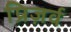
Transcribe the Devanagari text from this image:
प्रिज़र्व